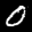
Digit: 0